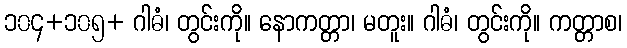
၁၀၄+၁၀၅+ ဂါဓံ၊ တွင်းကို။ နောကတ္တာ၊ မတူး။ ဂါဓံ၊ တွင်းကို။ ကတ္တာစ၊